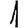
Digit: 1